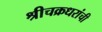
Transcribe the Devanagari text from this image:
श्रीचक्रधरांची